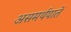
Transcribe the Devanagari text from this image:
असमर्थपाते